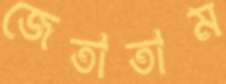
জেতাতাম